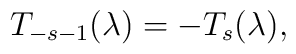
T_{-s-1}(\lambda) = - T_s(\lambda),